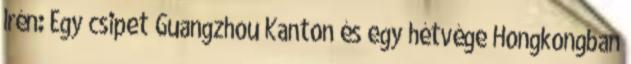
Irén: Egy csipet Guangzhou Kanton és egy hétvége Hongkongban